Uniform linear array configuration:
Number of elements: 64
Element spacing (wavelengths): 0.75
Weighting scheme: cosine
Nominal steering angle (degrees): -45
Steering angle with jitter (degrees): -44.579
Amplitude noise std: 0.05
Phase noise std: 0.05

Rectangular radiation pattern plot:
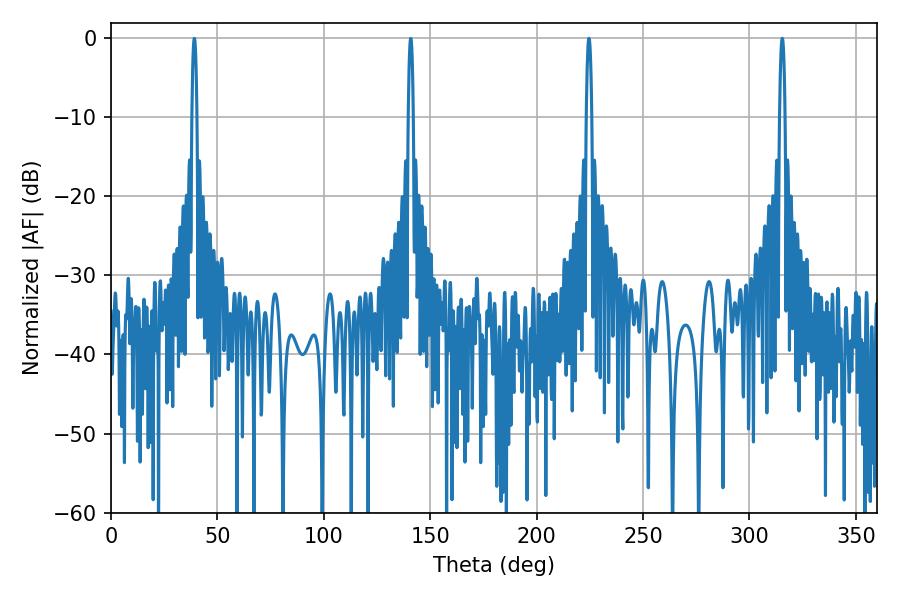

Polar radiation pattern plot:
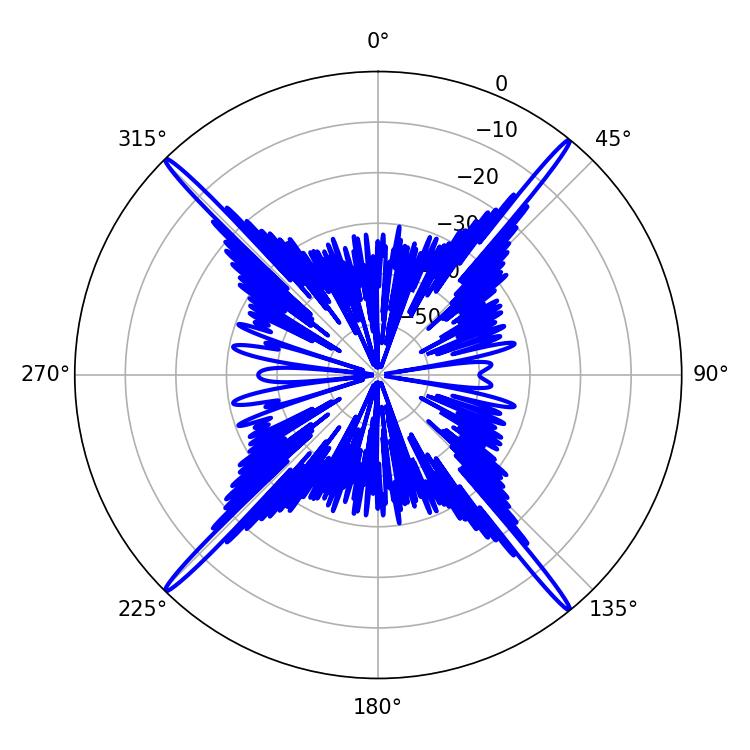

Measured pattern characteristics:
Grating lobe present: TRUE
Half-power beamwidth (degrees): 1.44
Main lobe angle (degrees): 315.36